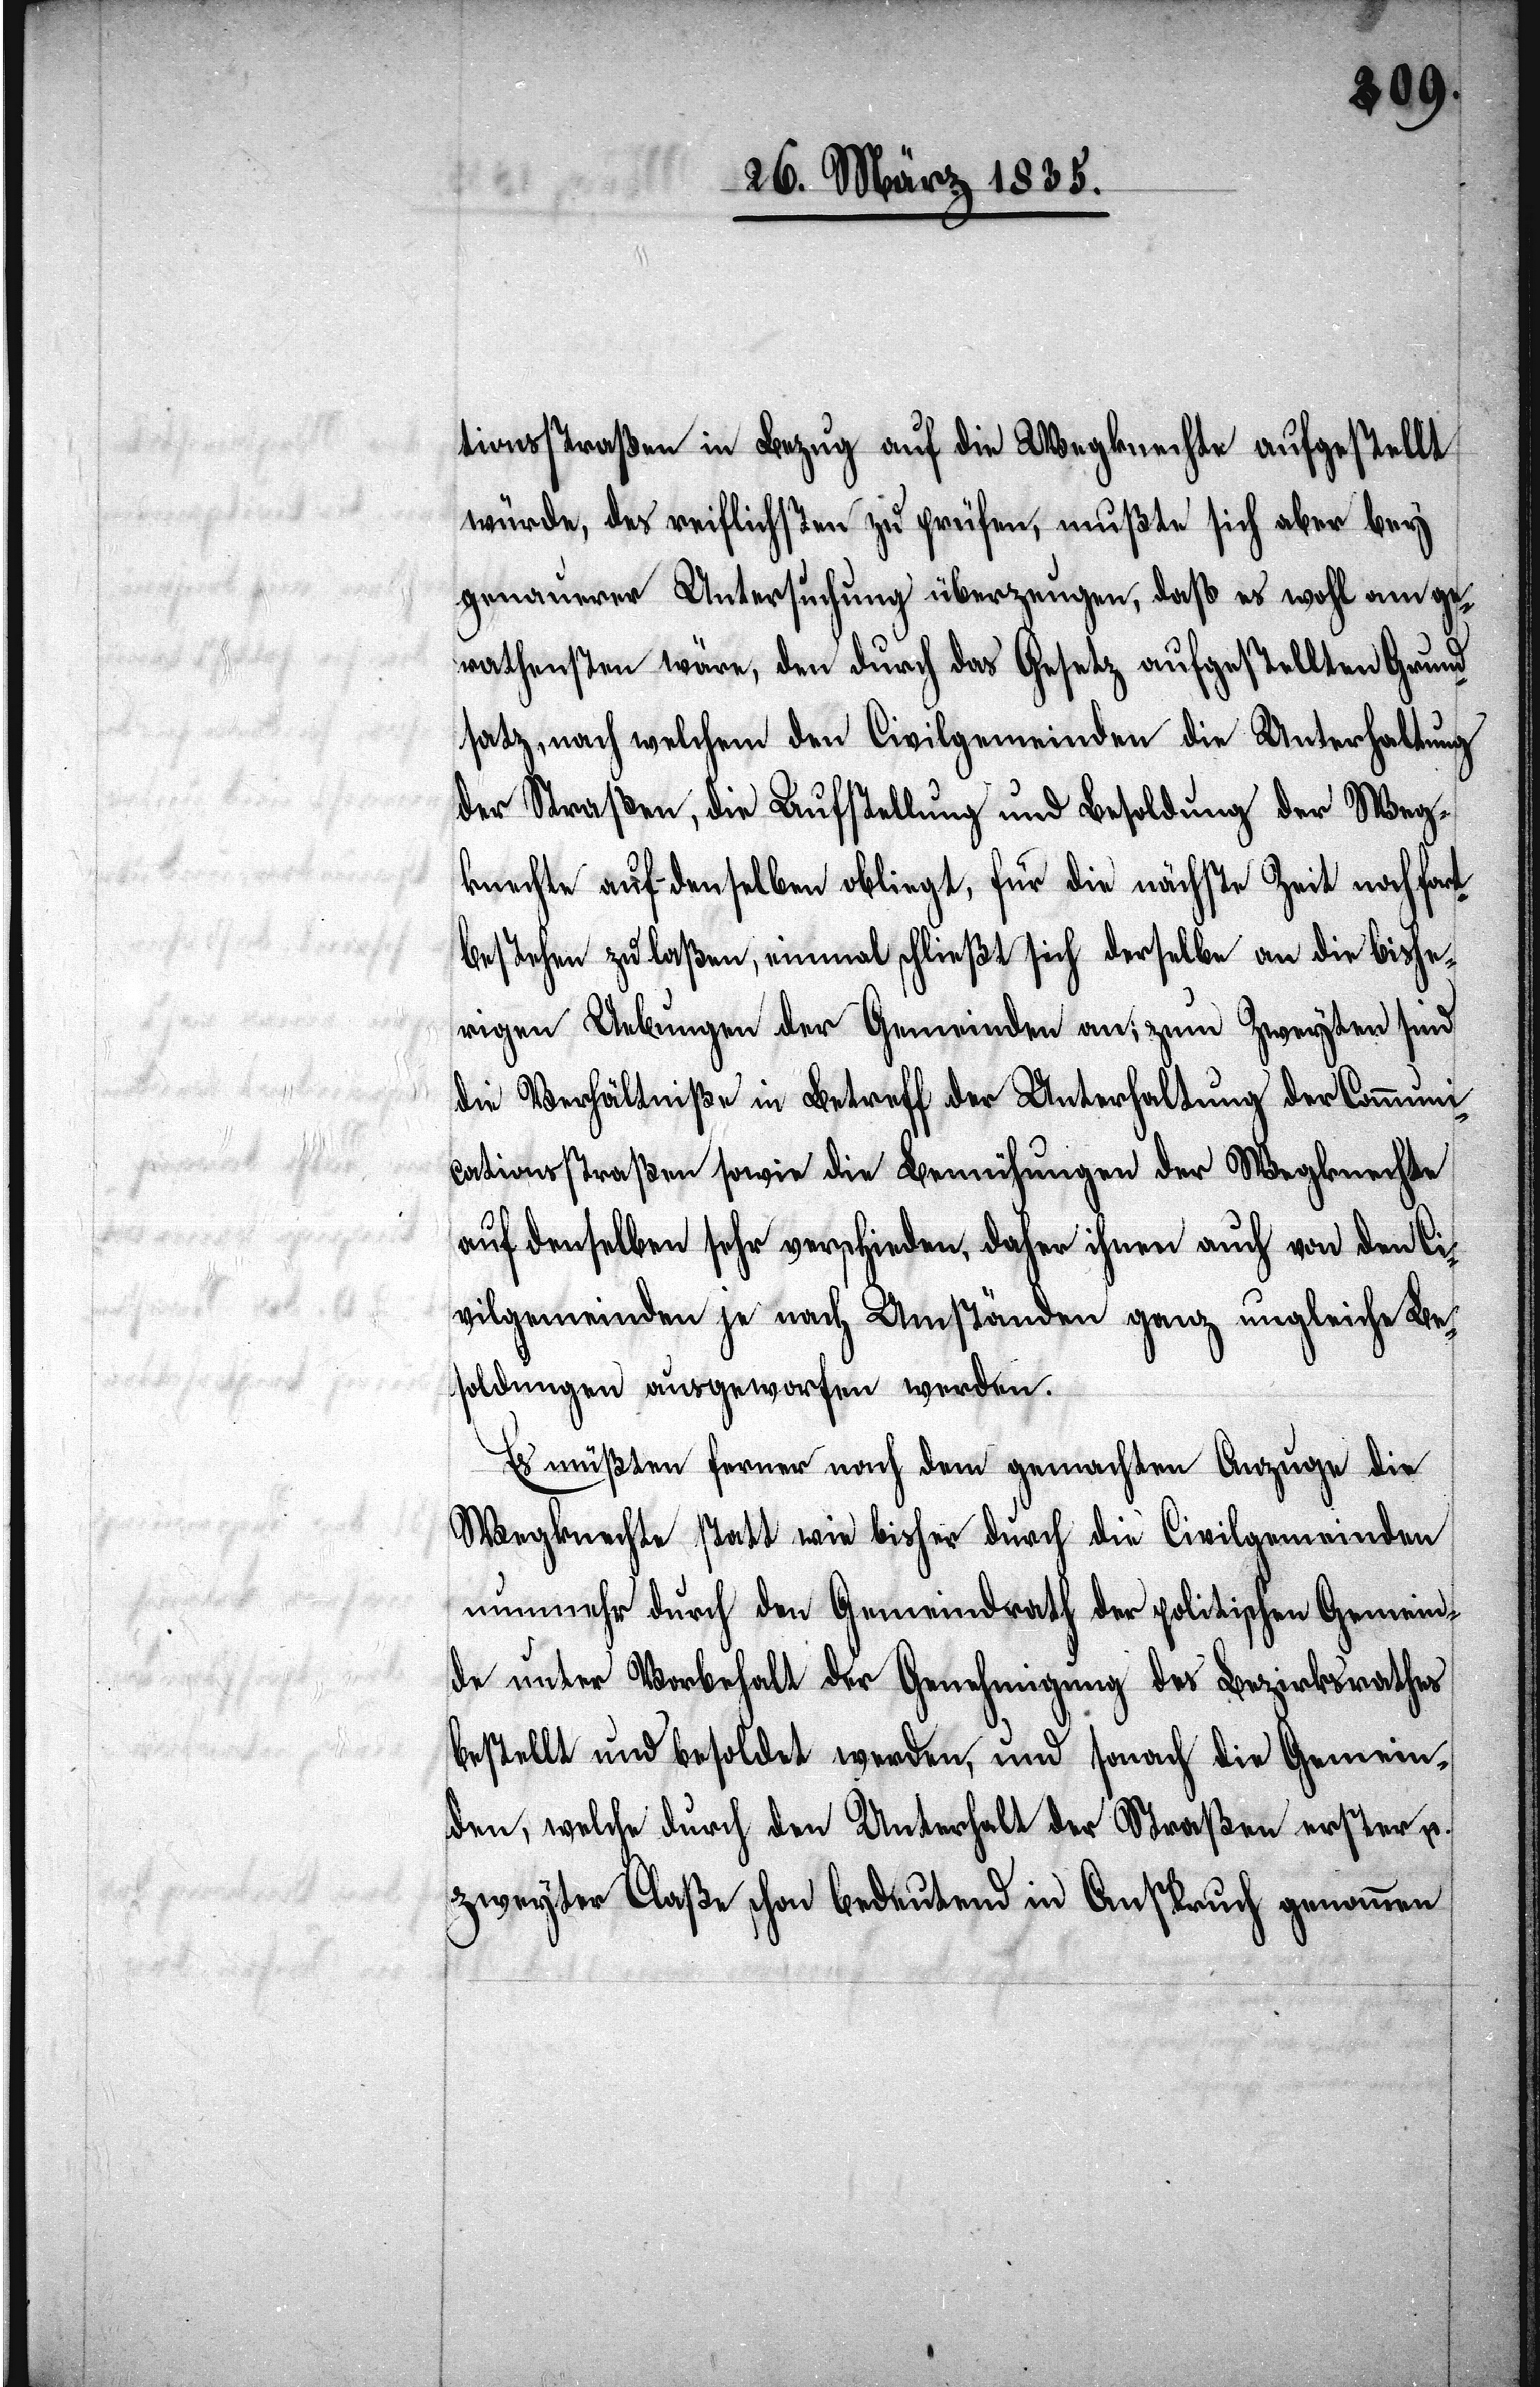
g¬

tionsstraßen in Bezug auf die Wegknechte aufgestellt
würde, des reiflichsten zu prüfen, mußte sich aber bey
genauerer Untersuchung überzeugen, daß es wohl am ge¬
rathensten wäre, den durch das Gesetz aufgestellten Grund¬
satz, nach welchem die Aufstellung und Besoldung
knechte auf denselben obliegt, für die nächste Zeit nach fort¬
bestehen zu laßen, einmal schließt sich derselbe an die bishe¬
rigen Uebungen der Gemeinden an; zum Zweyten sind
die Verhältniße in Betreff der Unterhaltung der Communi¬
cationsstraßen sowie die Bemühungen der Wegknechte
auf denselben sehr verschieden, daher ihnen auch von den Ci¬
vilgemeinden je nach Umständen ganz ungleiche Be¬
soldungen ausgeworfen werden.
Es müßten ferner nach dem gemachten Anzuge die
Wegknechte statt wie bisher durch die Civilgemeinden
nunmehr durch den Gemeindrath der politischen Gemein¬
de unter Vorbehalt der Genehmigung des Bezirksrathes
bestellt und besoldet werden, und sonach die Gemein¬
den, welche durch den Unterhalt der Straßen erster u.
zweyter Claße schon bedeutend in Anspruch genommen